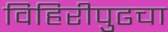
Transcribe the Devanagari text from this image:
विहिरीपुढचा